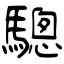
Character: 驄